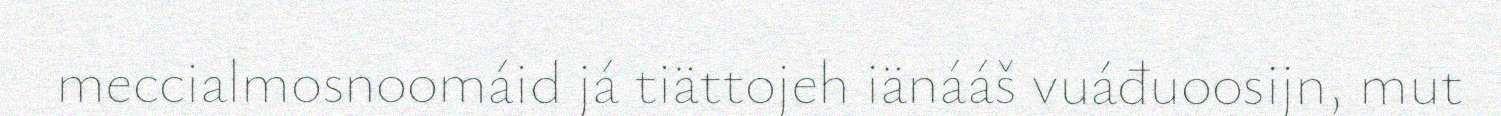
meccialmosnoomáid já tiättojeh iänááš vuáđuoosijn, mut